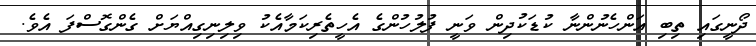
ދޯނީގައި ތިބި އަންހެނުންނާ ކުޑަކުދިން ވަނީ ފުލުހުންގެ އެހީތެރިކަމާއެކު ވިލިނިގިއްޔަށް ގެންގޮސްފަ އެވެ.